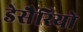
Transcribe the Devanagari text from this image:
डेसैरियो